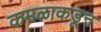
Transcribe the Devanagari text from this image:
कमळाकडून